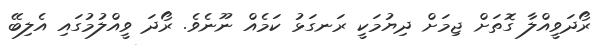
ރޯދަވީއްލާ ގޮތަށް ޖިމަށް ދިޔުމަކީ ރަނގަޅު ކަމެއް ނޫނެވެ. ރޯދަ ވީއްލުމުގައި އެލިބޭ